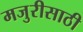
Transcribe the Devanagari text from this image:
मजुरीसाठी